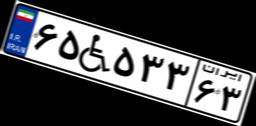
۶۵W۵۳۳۶۳